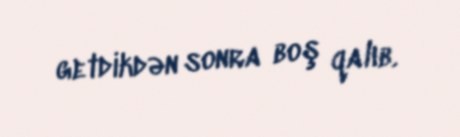
getdikdən sonra boş qalıb.